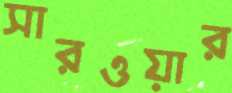
সারওয়ার